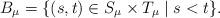
LaTeX: \begin{align*}B_\mu = \lbrace(s,t) \in S_\mu \times T_\mu \mid s < t\rbrace.\end{align*}